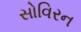
સોવિરન